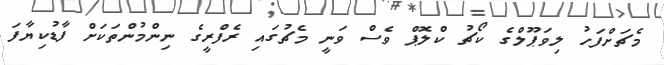
މެޗަށްފަހު ލިވަޕޫލްގެ ކޯޗު ކްލޮޕް ވެސް ވަނީ މެޗުގައި ރެފްރީގެ ނިންމުންތަކަށް ފާޑުކިޔާފަ